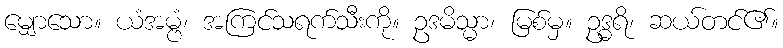
မျှောသော။ ယံအမ္ဗံ၊ အကြင်သရက်သီးကို။ ဥဒမိသ္မာ၊ မြစ်မှ။ ဥဒ္ဓရိ၊ ဆယ်တင်၏။